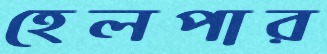
হেলপার